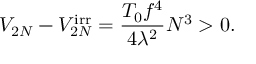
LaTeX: V _ { 2 N } - V _ { 2 N } ^ { \mathrm { i r r } } = \frac { T _ { 0 } f ^ { 4 } } { 4 \lambda ^ { 2 } } N ^ { 3 } > 0 .